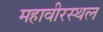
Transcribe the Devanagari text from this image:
महावीरस्थल